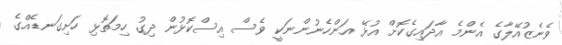
ވެނެޒުއޭލާގެ އެންމެ އާދައިގެކޮށް އުޅޭ އަންހެނުންނަކީ ވެސް އިސްކޮޅުން ދިގު ހިމަތޮޅި ހަށިގަނޑެއްގެ